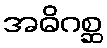
အဓိဂစ္ဆ